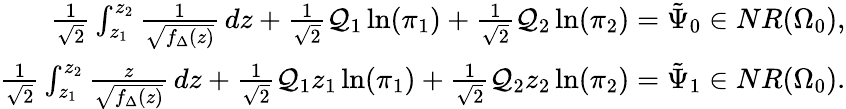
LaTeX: \begin{array}{r}{\frac{1}{\sqrt 2}\int_{z_{1}}^{z_{2}}\frac{1}{\sqrt{f_{\Delta}(z)}}\, dz+\frac{1}{\sqrt{2}}\mathcal Q_{1}\ln(\pi_{1})+\frac{1}{\sqrt{2}}\mathcal Q_{2}\ln(\pi_{2})=\tilde{\Psi}_{0}\in NR(\Omega_{0}),}\\ {\frac{1}{\sqrt 2}\int_{z_{1}}^{z_{2}}\frac{z}{\sqrt{f_{\Delta}(z)}}\, dz+\frac{1}{\sqrt{2}}\mathcal Q_{1}z_{1}\ln(\pi_{1})+\frac{1}{\sqrt{2}}\mathcal Q_{2}z_{2}\ln(\pi_{2})=\tilde{\Psi}_{1}\in NR(\Omega_{0}).}\end{array}